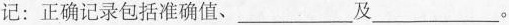
记：正确记录包括准确值、___及___。